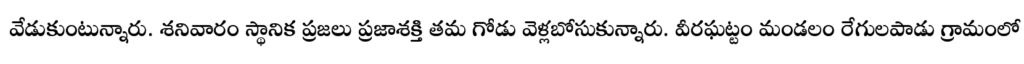
వేడుకుంటున్నారు. శనివారం స్థానిక ప్రజలు ప్రజాశక్తి తమ గోడు వెళ్లబోసుకున్నారు. వీరఘట్టం మండలం రేగులపాడు గ్రామంలో